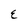
Character: E